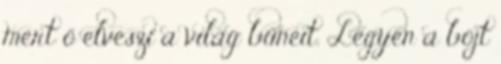
mert ő elveszi a világ bűneit. Legyen a böjt